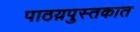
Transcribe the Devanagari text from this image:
पाठय़पुस्तकात